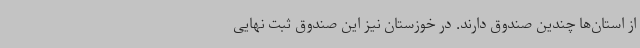
از استان‌ها چندین صندوق دارند. در خوزستان نیز این صندوق ثبت نهایی